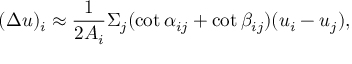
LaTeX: ( \Delta u ) _ { i } \approx { \frac { 1 } { 2 A _ { i } } } \Sigma _ { j } ( \cot \alpha _ { i j } + \cot \beta _ { i j } ) ( u _ { i } - u _ { j } ) ,